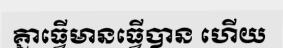
គ្នាធ្វើមានធ្វើបាន ហើយ